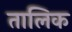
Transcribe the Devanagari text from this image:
तालिक